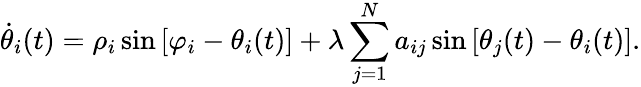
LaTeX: \dot{\theta}_{i}(t)=\rho_{i}\sin\left[\varphi_{i}-\theta_{i}(t)\right]+\lambda\sum_{j=1}^{N}a_{ij}\sin\left[\theta_{j}(t)-\theta_{i}(t)\right].